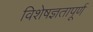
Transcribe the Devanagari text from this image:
विशेषज्ञतापूर्ण